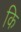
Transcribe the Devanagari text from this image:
कि